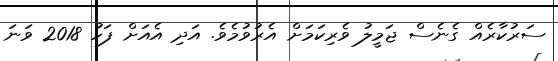
ސަރުކާރެއް ގެނެސް ޖަމީލު ވެރިކަމަށް އެރުވުމެވެ. އަދި އެއަށް ފަހު 2018 ވަނަ